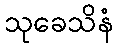
သုခေသိနံ